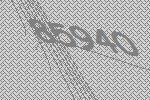
85940